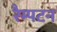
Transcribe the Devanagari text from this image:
रैम्पटन